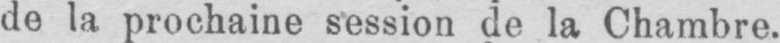
de la prochaine session de la Chambre.